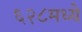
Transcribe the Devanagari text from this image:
६२८मध्ये